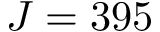
J = 3 9 5